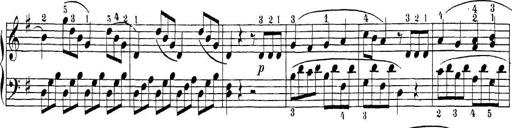
Title: Sonatina Album
Composer: Louis KÃ¶hler